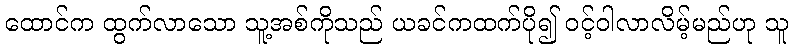
ထောင်က ထွက်လာသော သူ့အစ်ကိုသည် ယခင်ကထက်ပို၍ ဝင့်ဝါလာလိမ့်မည်ဟု သူ